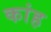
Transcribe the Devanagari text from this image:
कांह